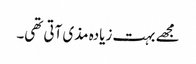
مجھے بہت زیادہ مذی آتی تھی۔